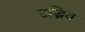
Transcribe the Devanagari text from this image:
उद्भिव